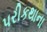
પરીકથાના